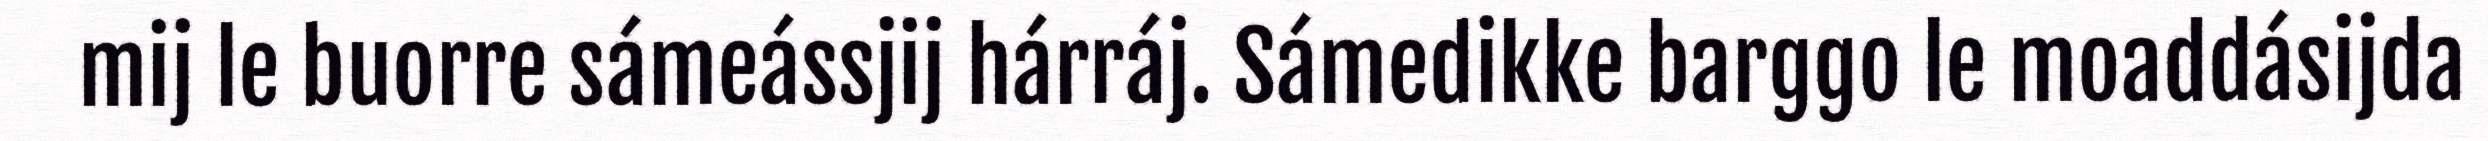
mij le buorre sámeássjij hárráj. Sámedikke barggo le moaddásijda